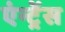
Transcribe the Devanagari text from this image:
एंन्ट्रेंस